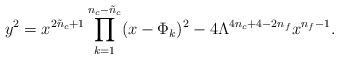
LaTeX: \begin{align*}y^{2} = x^{2\tilde{n}_{c}+1} \prod_{k=1}^{n_{c}-\tilde{n}_{c}} (x-\Phi_{k})^{2} - 4 \Lambda^{4n_c + 4 - 2 n_f} x^{n_f-1} .\end{align*}